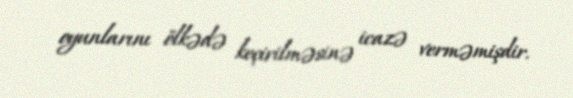
oyunlarını ölkədə keçirilməsinə icazə verməmişdir.